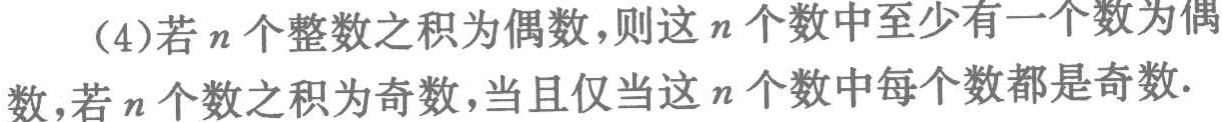
（4）若\(n\)个整数之积为偶数，则这\(n\)个数中至少有一个数为偶数，若\(n\)个数之积为奇数，当且仅当这\(n\)个数中每个数都是奇数.